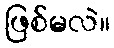
ဖြစ်မလဲ။